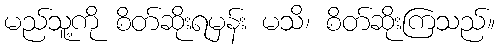
မည်သူ့ကို စိတ်ဆိုးရမှန်း မသိ၊ စိတ်ဆိုးကြသည်။